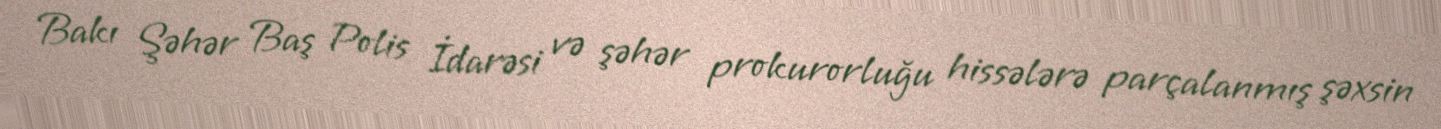
Bakı Şəhər Baş Polis İdarəsi və şəhər prokurorluğu hissələrə parçalanmış şəxsin